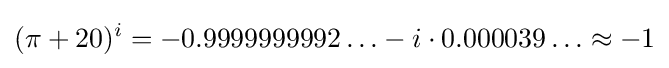
(\pi +20)^{i}=-0.9999999992\ldots -i\cdot 0.000039\ldots \approx -1